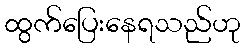
ထွက်ပြေးနေရသည်ဟု